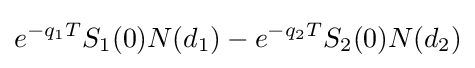
e^{-q_{1}T}S_{1}(0)N(d_{1})-e^{-q_{2}T}S_{2}(0)N(d_{2})